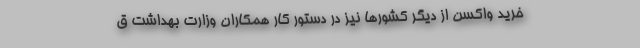
خرید واکسن از دیگر کشورها نیز در دستور کار همکاران وزارت بهداشت ق